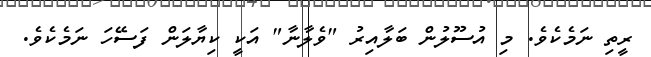
ރީތި ނަމެކެވެ. މި އުސޫލުން ބަލާއިރު "ވެލާނާ" އަކީ ކިޔާލަން ފަސޭހަ ނަމެކެވެ.